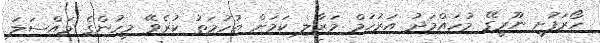
ހޯރަފުށީ ނޫރީގޭ މުހައްމަދު އަރުހަމް މަރާލި ކަމަށް ތުހުމަތު ކުރެވޭ މީހުންގެ މައްސަލަ